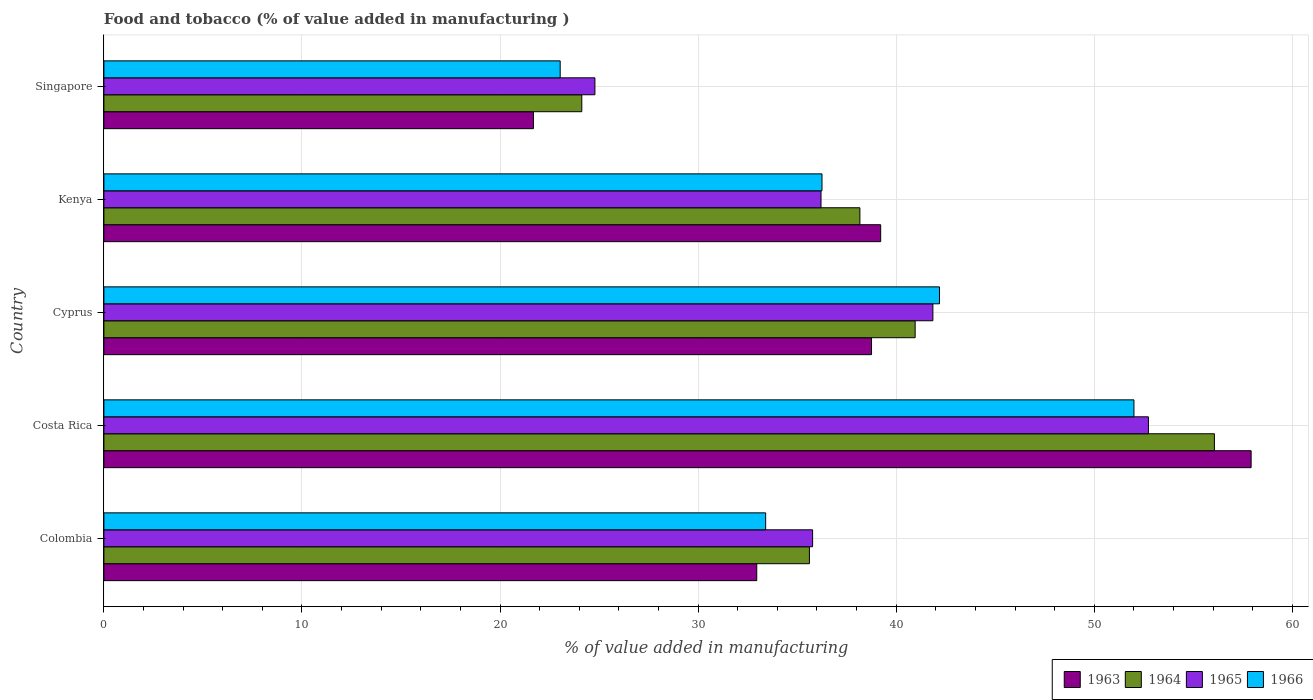
| Country | 1963 | 1964 | 1965 | 1966 |
 | --- | --- | --- | --- | --- |
 | Colombia | 33 | 35.6 | 35.8 | 33.4 |
 | Costa Rica | 57.9 | 56.1 | 52.7 | 52 |
 | Cyprus | 38.8 | 41 | 41.9 | 42.2 |
 | Kenya | 39.2 | 38.2 | 36.2 | 36.3 |
 | Singapore | 21.7 | 24.1 | 24.8 | 23 |